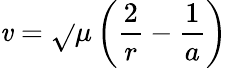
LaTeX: \mathit{v}={\sqrt{}{{\mu\left({\frac{{2}}{{r}}}-{\frac{{1}}{{a}}}\right)}}}